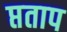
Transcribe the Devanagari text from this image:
प्तताप